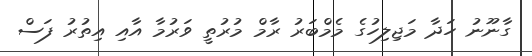
ގާނޫނު ހަދާ މަޖިލިހުގެ މެމްބަރު ރާމް މުރުތީ ވަރުމާ އާއި އިތުރު ފަސް